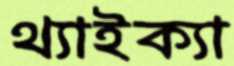
থ্যাইক্যা